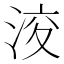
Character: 𱦪